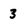
Character: 3